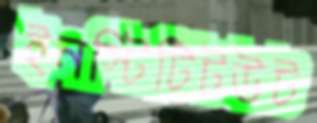
ইনস্টিটিটউট